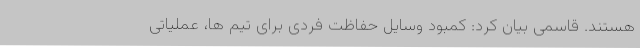
هستند. قاسمی بیان کرد: کمبود وسایل حفاظت فردی برای تیم ها، عملیاتی